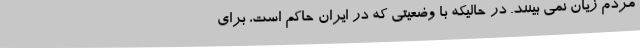
مردم زیان نمی بینند. در حالیکه با وضعیتی که در ایران حاکم است، برای